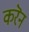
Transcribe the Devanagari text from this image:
करॆन